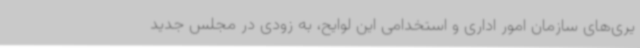
یری‌های سازمان امور اداری و استخدامی این لوایح، به زودی در مجلس جدید